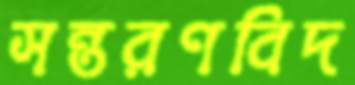
সন্তরণবিদ